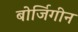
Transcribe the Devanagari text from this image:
बोर्जिगीन